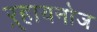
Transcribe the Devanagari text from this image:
ऱ्हायनोज